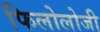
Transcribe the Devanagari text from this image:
फिलोलोजी